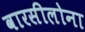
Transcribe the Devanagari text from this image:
वारसीलोना